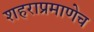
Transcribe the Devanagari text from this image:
शहराप्रमाणेच